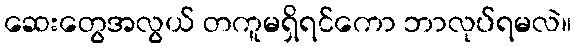
ဆေးတွေအလွယ် တကူမရှိရင်ကော ဘာလုပ်ရမလဲ။